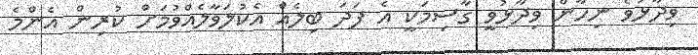
ވިދާޅުވެ ނިހާން ވިދާޅުވީ ގާސިމަކީ އެ ފަދަ ބިލެއް އެކުލަވާލެއްވުމަށް ކުރިން އެންމެ